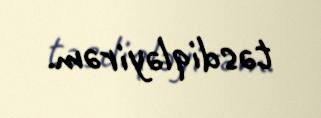
təsdiqləyirəm.